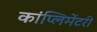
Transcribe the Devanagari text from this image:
कांप्लिमेंटरी